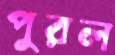
পুরল